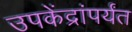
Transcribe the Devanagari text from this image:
उपकेंद्रांपर्यंत